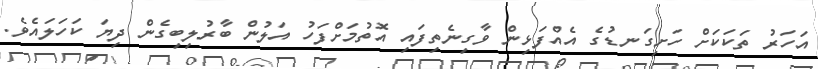
އަހަރު ތަކަކަށް ހަށިގަނޑުގެ އެއްފަޅިން ވާގިނެތިފައި އޮތުމަށްފަހު އަލުން ބާރުލިބިގެން ދިޔަ ކަހަލައެވެ.